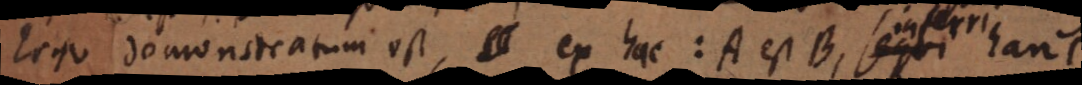
Ergo demonstratum est, ex hac: A est B, sequi hanc: